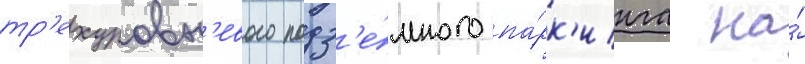
тр'ехуровн'евого подз'е́много па́рк'инга на́